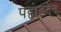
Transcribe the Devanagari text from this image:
पहाडदेव